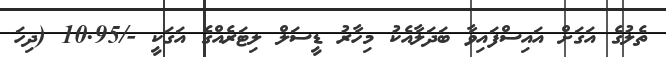
ތެލުގެ އަގަށް އައިސްފައިވާ ބަދަލާއެކު މިހާރު ޑީސަލް ލިޓަރެއްގެ އަގަކީ -/10.95 (ދިހަ